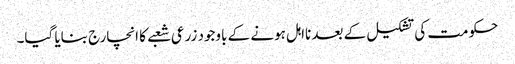
حکومت کی تشکیل کے بعد نااہل ہونے کے باوجود زرعی شعبے کا انچارج بنایا گیا۔